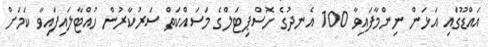
އައްޑޫގައި އަޅަން ނިންމާފައިވާ 100 އެނދުގެ ހޮސްޕިޓަލްގެ މަސައްކަތް ސަރުކާރުން ހުއްޓާލައިފައިވާ ކަމަށް